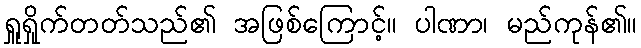
ရှူရှိုက်တတ်သည်၏ အဖြစ်ကြောင့်။ ပါဏာ၊ မည်ကုန်၏။